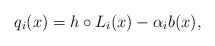
\begin{align*}q_i(x)=h\circ L_i(x) - \alpha_i b(x),\end{align*}